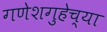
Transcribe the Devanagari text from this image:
गणेशगुहेच्या